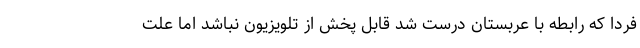
فردا که رابطه با عربستان درست شد قابل پخش از تلویزیون نباشد اما علت